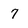
Character: 7